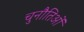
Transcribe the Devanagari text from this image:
चुनौतिओं